Annual administration and progress report of the Indian Medical Department, Bombay
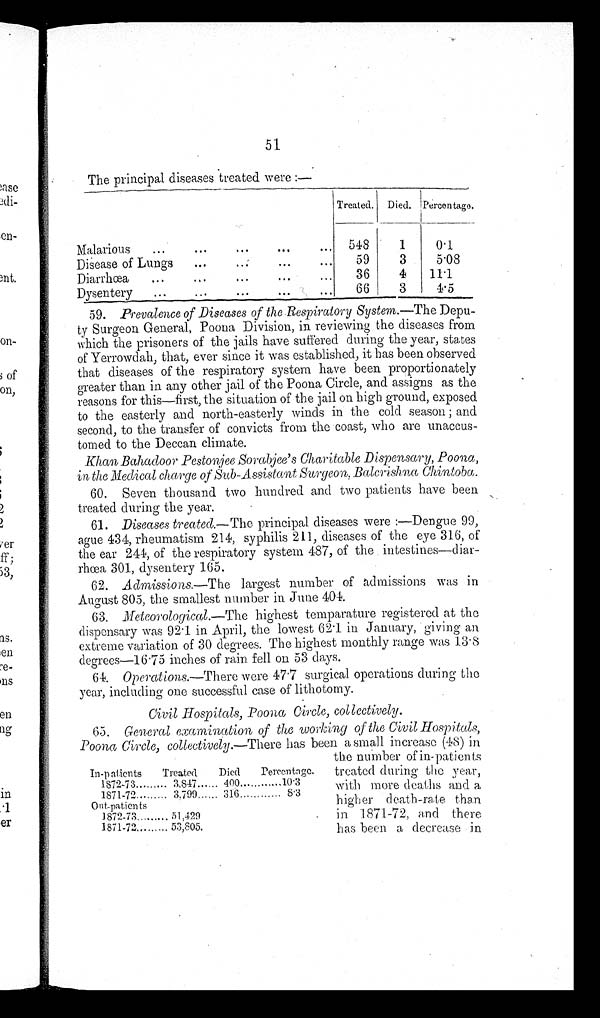
51
The principal diseases treated were :—
Treated. Died. Percentage.
Malarious . . . 548
1
0.1
Disease of Lungs . . .
59
3
5.08
Diarrhœa . . .
36
4
11.1
Dysentery . . .
66
3
4.5
59. Prevalence of Diseases of the .Respiratory System.— T h e
Depu-
ty Surgeon General, Poona Division, in reviewing the diseases from
which the prisoners of the jails have suffered during the year, states
of Yerrowdah, that, ever since it was established, it has been observed
that diseases of the respiratory system have been proportionately
greater than in any other jail of the Poona Circle, and assigns as the
reasons for this—first, the situation of the jail on high ground, exposed
to the easterly and north-easterly winds in the cold season ; and
second, to the transfer of convicts from the coast, who are unaccus-
- t o m e d t o t h e D e c c a n c l i m a t e .
Khan Bahadoor Pestonjee Sorabjee's Charitable Dispensary, Poona,
in the Medical charge of Sub-Assistant Surgeon, Balcrishna Chintoba.
60. Seven thousand two hundred and two patients have been
treated during the year.
61. Diseases treated.— The principal diseases were:— Dengue 99,
ague 434, rheumatism 214, syphilis 211, diseases of the eye 316, of
the ear 244, of the respiratory system 487, of the intestines—diar-
rhœa 301, dysentery 165.
62. Admissions.—The largest number of admissions was in
August 805, the smallest number in. June 404.
63. Meteorological.—The highest temperature registered at, the
dispensary was 92.1 in April, the lowest 62.1 in January, giving an
extreme variation of 30 degrees. The highest monthly range was 13.8
degrees—16.75 inches of rain fell on 53 days.
64. Operations.—There were 47.7 surgical operations during the
year, including one successful case of lithotomy.
Civil Hospitals, Poona Circle, collectively.
65. General examination of the working of the Civil Hospitals,
Poona Circle, collectively.— There has been a small increase (48) in
the number of in-patients
treated during the year,
with more deaths and a
h igher death-rate than
in 1871-72, and there
has been a decrease in
In-patients
Treated.
Died
Percentage.
1872-73 . . .
3,847 . . . 400 . . .
10.3
1871-72 . . .
3,799 . . . 316 . . .
8.3
Out-patients
1872-73 . . .
51,429
1871-72 . . .
53,805.